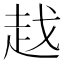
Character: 𧺱